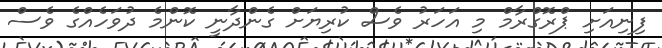
ފިނިއަށި ޕްރޮގްރާމް މި އަހަރު ވެސް ކުރިޔަށް ގެންދާނީ ކޮންމެ ދުވަހެއްގެ ވެސް